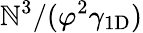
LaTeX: \mathbb{N}^{3}/(\varphi^{2}\gamma_{\mathrm{{1D}}})